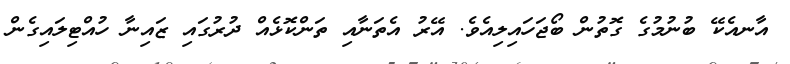
އާނއެކޭ ބުނުމުގެ ގޮތުން ބޯޖަހައިލިއެވެ. އޭރު އެތަނާއި ތަންކޮޅެއް ދުރުގައި ޒައިނާ ހުއްޓިލައިގެން